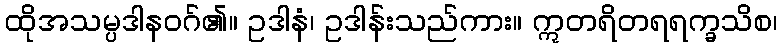
ထိုအသမ္ပဒါနဝဂ်၏။ ဥဒါနံ၊ ဥဒါန်းသည်ကား။ ဣတရိတရရက္ခသိစ၊